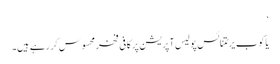
‘
یاکوب یرٹتنائس پولیس آپریشن پر کافی فخر محسوس کر رہے ہیں۔